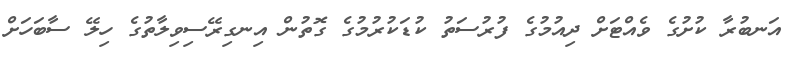
އަނބުރާ ކުށުގެ ވެއްޓަށް ދިއުމުގެ ފުރުސަތު ކުޑަކުރުމުގެ ގޮތުން އިނގިރޭސިވިލާތުުގެ ހިލޭ ސާބަހަށް